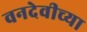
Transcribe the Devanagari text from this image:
वनदेवीच्या